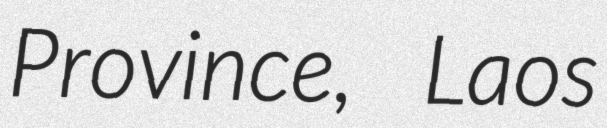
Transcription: Province, Laos